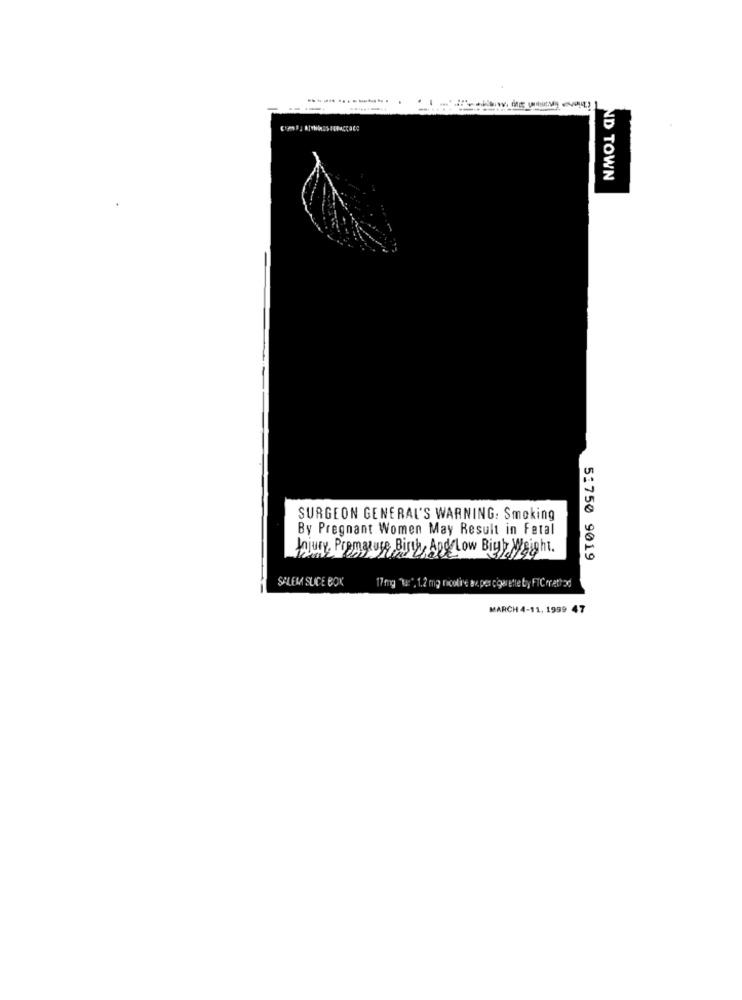
.. .... ....-...
ND TOWN
SURGEON GENERAL'S WARNING: Smoking
By Pregnant Women May Result in Fetal
Injury Premature Bing, And Low Biuy Weight.
51750 9019
SALEM SLICE BOK
17mg "l:", 1.2 mg nicotine apes cigarette by FTCerattod
MARCH 4-11, 1999 47